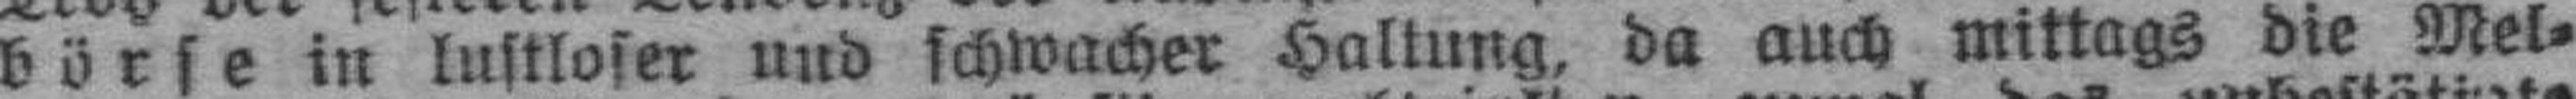
börse in lustloser und schwacher Haltung, da auch mittags die Mel¬